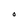
Character: O